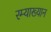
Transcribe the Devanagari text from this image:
रम्याख्यान